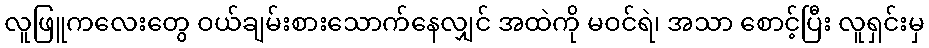
လူဖြူကလေးတွေ ဝယ်ချမ်းစားသောက်နေလျှင် အထဲကို မဝင်ရဲ၊ အသာ စောင့်ပြီး လူရှင်းမှ